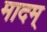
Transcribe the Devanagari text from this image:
मादम्